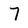
Character: 7